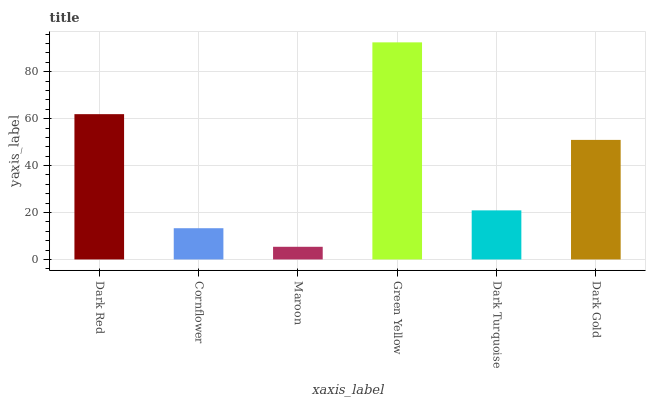
| xaxis_label | bars |
 | --- | --- |
 | Dark Red | 61.9 |
 | Cornflower | 13.3 |
 | Maroon | 5.4 |
 | Green Yellow | 92.5 |
 | Dark Turquoise | 20.9 |
 | Dark Gold | 51 |